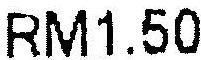
RM1.50